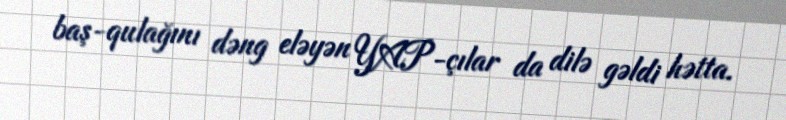
baş-qulağını dəng eləyən YAP-çılar da dilə gəldi hətta.